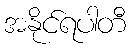
အနိုင်ရပါတီ